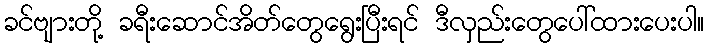
ခင်ဗျားတို့ ခရီးဆောင်အိတ်တွေရွေးပြီးရင် ဒီလှည်းတွေပေါ်ထားပေးပါ။